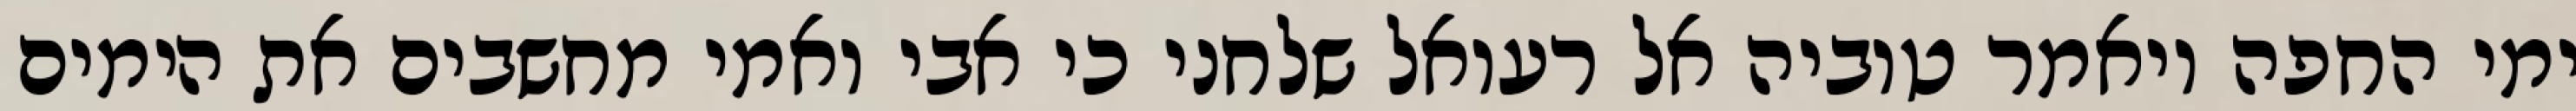
ימי החפה ויאמר טוביה אל רעואל שלחני כי אבי ואמי מחשבים את הימים